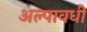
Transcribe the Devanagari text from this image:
अल्पावधी